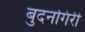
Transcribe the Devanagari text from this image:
बुदनगिरी